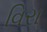
વિરા